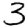
Digit: 3